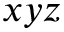
x y z